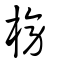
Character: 榜